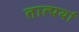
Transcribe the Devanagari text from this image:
तात्पर्या